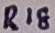
Text: R18